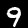
Digit: 9